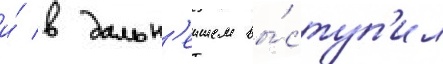
и́ в дальн'еишем вы́ступ'ил